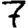
Digit: 7